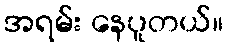
အရမ်း နေပူတယ်။